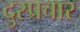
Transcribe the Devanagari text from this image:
दुस्प्रचार